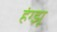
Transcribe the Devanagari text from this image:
हंग्झू